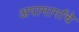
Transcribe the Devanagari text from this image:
अपामार्गाचे